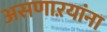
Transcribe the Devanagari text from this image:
असणाऱयांना